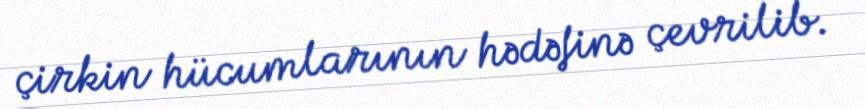
çirkin hücumlarının hədəfinə çevrilib.